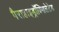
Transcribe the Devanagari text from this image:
पैराहाइड्रॉक्सिलेटेड